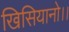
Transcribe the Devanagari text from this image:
खिसियानो।।